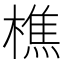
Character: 樵